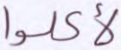
لأكلوا